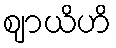
ဈာယိဟိ